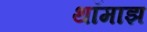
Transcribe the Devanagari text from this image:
थॉमाझ